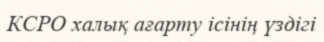
КСРО халық ағарту ісінің үздігі